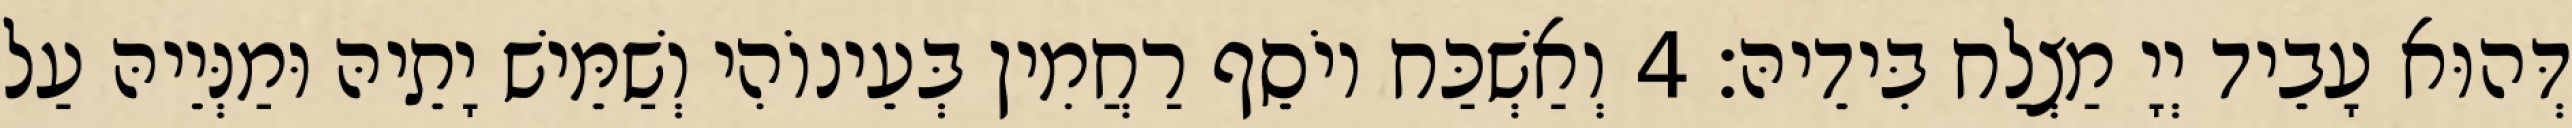
דְּהוּא עָבֵיד יְיָ מַצְלַח בִּידֵיהּ׃ 4 וְאַשְׁכַּח יוֹסֵף רַחֲמִין בְּעֵינוֹהִי וְשַׁמֵּישׁ יָתֵיהּ וּמַנְּיֵיהּ עַל